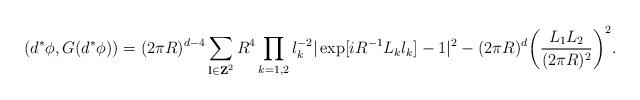
LaTeX: \begin{align*}(d^{\ast }\phi ,G(d^{\ast }\phi )) =(2\pi R)^{d - 4} \sum_{{\bf l} \in {\bf Z}^{2}} R^{4} \prod_{k = 1,2} l_{k}^{- 2}|\exp [iR^{- 1}L_{k}l_{k}] - 1|^{2} -(2\pi R)^{d}\biggl( \frac{L_{1}L_{2}}{(2\pi R)^{2}}\biggr)^{2}.\end{align*}